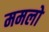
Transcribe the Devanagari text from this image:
ममलो